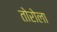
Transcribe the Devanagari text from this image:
तोरोला